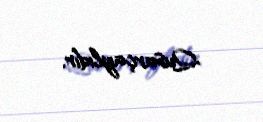
Qusarçaylıdır.